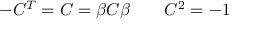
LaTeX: - C ^ { T } = C = \beta C \beta \qquad C ^ { 2 } = - 1